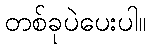
တစ်ခုပဲပေးပါ။